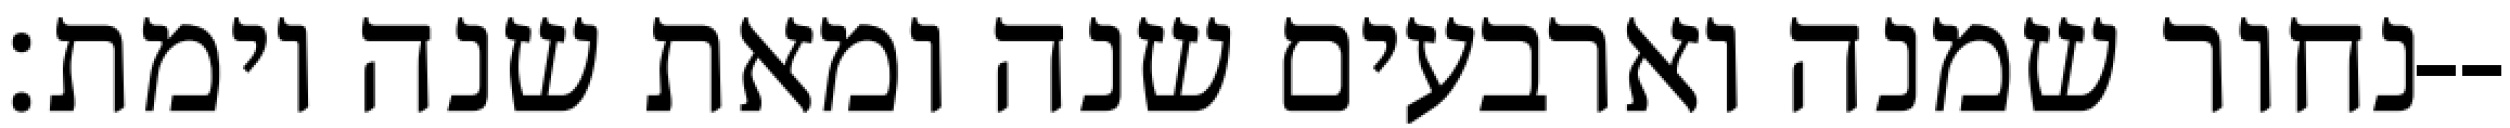
נחור שמנה וארבעים שנה ומאת שנה וימת׃--